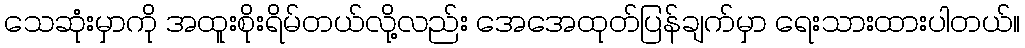
သေဆုံးမှာကို အထူးစိုးရိမ်တယ်လို့လည်း အေအေထုတ်ပြန်ချက်မှာ ရေးသားထားပါတယ်။